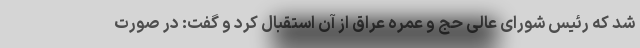
شد که رئیس شورای عالی حج و عمره عراق از آن استقبال کرد و گفت: در صورت